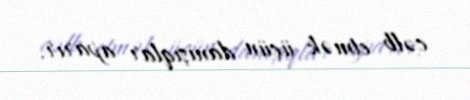
cəlb etmək üçün danışıqlar aparır.